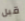
قبل